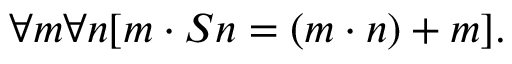
\forall m \forall n [ m \cdot S n = ( m \cdot n ) + m ] .